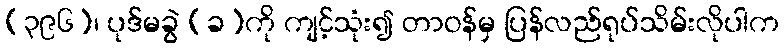
(၃၉၆)၊ ပုဒ်မခွဲ (ခ)ကို ကျင့်သုံး၍ တာဝန်မှ ပြန်လည်ရုပ်သိမ်းလိုပါက